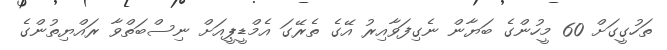
ތަހުގީގަށް 60 މީހުންގެ ބަޔާން ނެގިފަވާއިރު އޭގެ ތެރޭގަ އެމްޑީޕީއަށް ނިސްބަތްވާ ރައްޔިތުންގެ